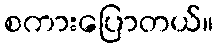
စကားပြောတယ်။